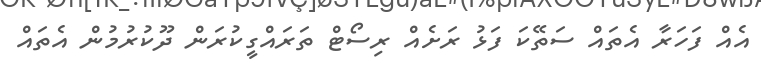
އެއް ފަހަރާ އެތައް ސަތޭކަ ފަޅު ރަށެއް ރިސޯޓް ތަރައްގީކުރަން ދޫކުރުމުން އެތައް